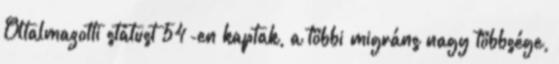
Oltalmazotti státust 54-en kaptak, a többi migráns nagy többsége,